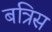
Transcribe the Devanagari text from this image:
बत्रिस